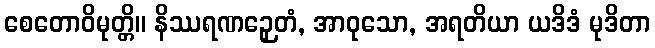
စေတောဝိမုတ္တိ။ နိဿရဏဉှေတံ, အာဝုသော, အရတိယာ ယဒိဒံ မုဒိတာ